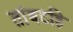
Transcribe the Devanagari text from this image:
तांबटहि